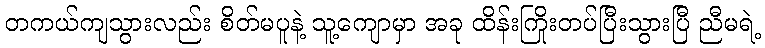
တကယ်ကျသွားလည်း စိတ်မပူနဲ့ သူ့ကျောမှာ အခု ထိန်းကြိုးတပ်ပြီးသွားပြီ ညီမရဲ့